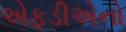
એફડીએનો